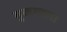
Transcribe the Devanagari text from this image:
मु्काबला